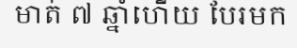
មាត់ ៧ ឆ្នាំហើយ បែរមក